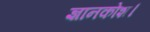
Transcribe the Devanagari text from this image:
ज्ञानकोश।